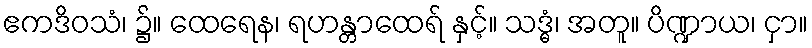
ဧကဒိဝသံ၊ ၌။ ထေရေန၊ ရဟန္တာထေရ် နှင့်။ သဒ္ဓံ၊ အတူ။ ပိဏ္ဍာယ၊ ငှာ။